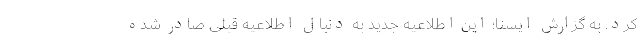
کرد. به گزارش ایسنا؛ این اطلاعیه جدید به دنبال اطلاعیه قبلی صادر شده